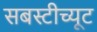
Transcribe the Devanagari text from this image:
सबस्टीच्यूट